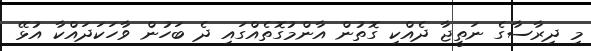
މި ދިރާސާގެ ނަތީޖާ ދެއްކި ގޮތުން އާންމުގޮތެއްގައި ދެ ބަހުން ވާހަކަދައްކާ އުޅޭ